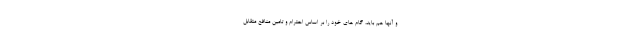
و آنها هم باید، گام های خود را بر اساس احترام و تامین منافع متقابل